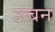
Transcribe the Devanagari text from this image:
उत्बन